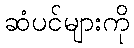
ဆံပင်များကို